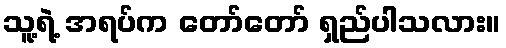
သူ့ရဲ့ အရပ်က တော်တော် ရှည်ပါသလား။